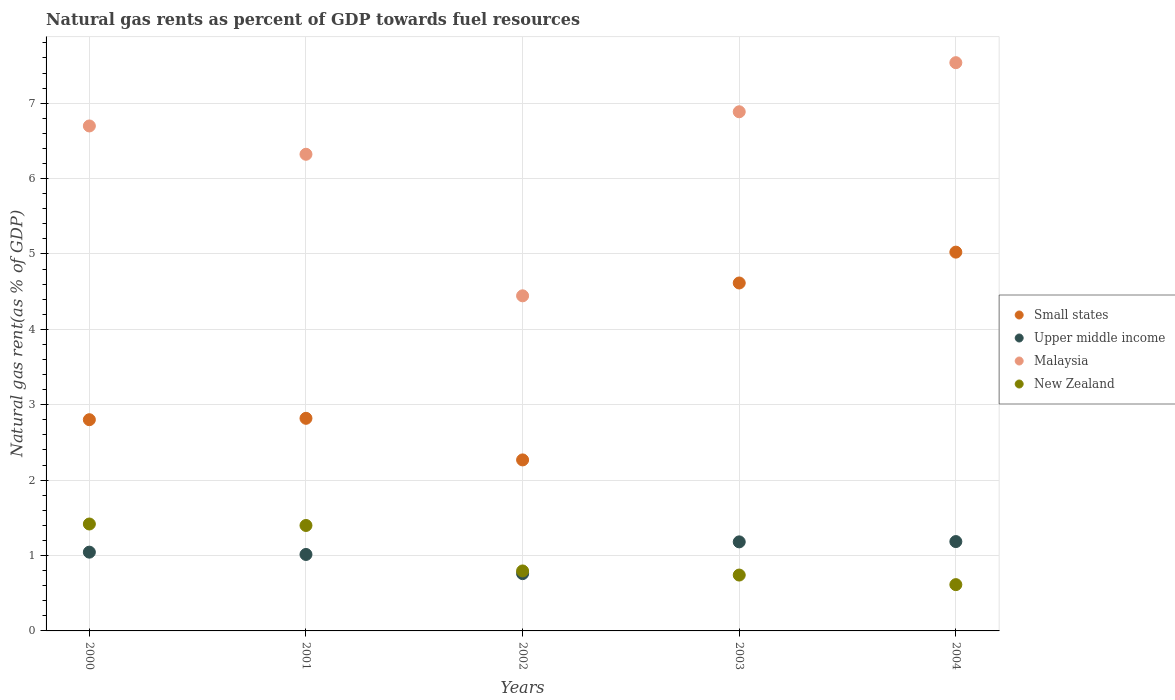
| Years | Small states | Upper middle income | Malaysia | New Zealand |
 | --- | --- | --- | --- | --- |
 | 2000 | 2.8 | 1.04 | 6.7 | 1.42 |
 | 2001 | 2.82 | 1.01 | 6.32 | 1.4 |
 | 2002 | 2.27 | 0.76 | 4.45 | 0.796 |
 | 2003 | 4.62 | 1.18 | 6.89 | 0.741 |
 | 2004 | 5.02 | 1.19 | 7.54 | 0.614 |